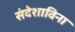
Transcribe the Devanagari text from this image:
संदेशाविना